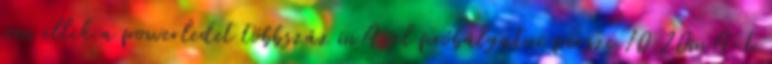
sem illik a powerledet többszáz mA-el próbálgatni persze 10.20mA-t